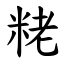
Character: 粩